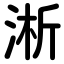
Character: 淅